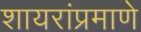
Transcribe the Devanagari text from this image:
शायरांप्रमाणे